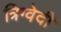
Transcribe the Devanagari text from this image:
त्रिग्वेदी